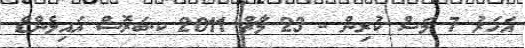
އަހަރު 7 މަސް ކުރިން - 23 މާޗް 2011 ކ.ބަރޮސް އައިލެންޑް